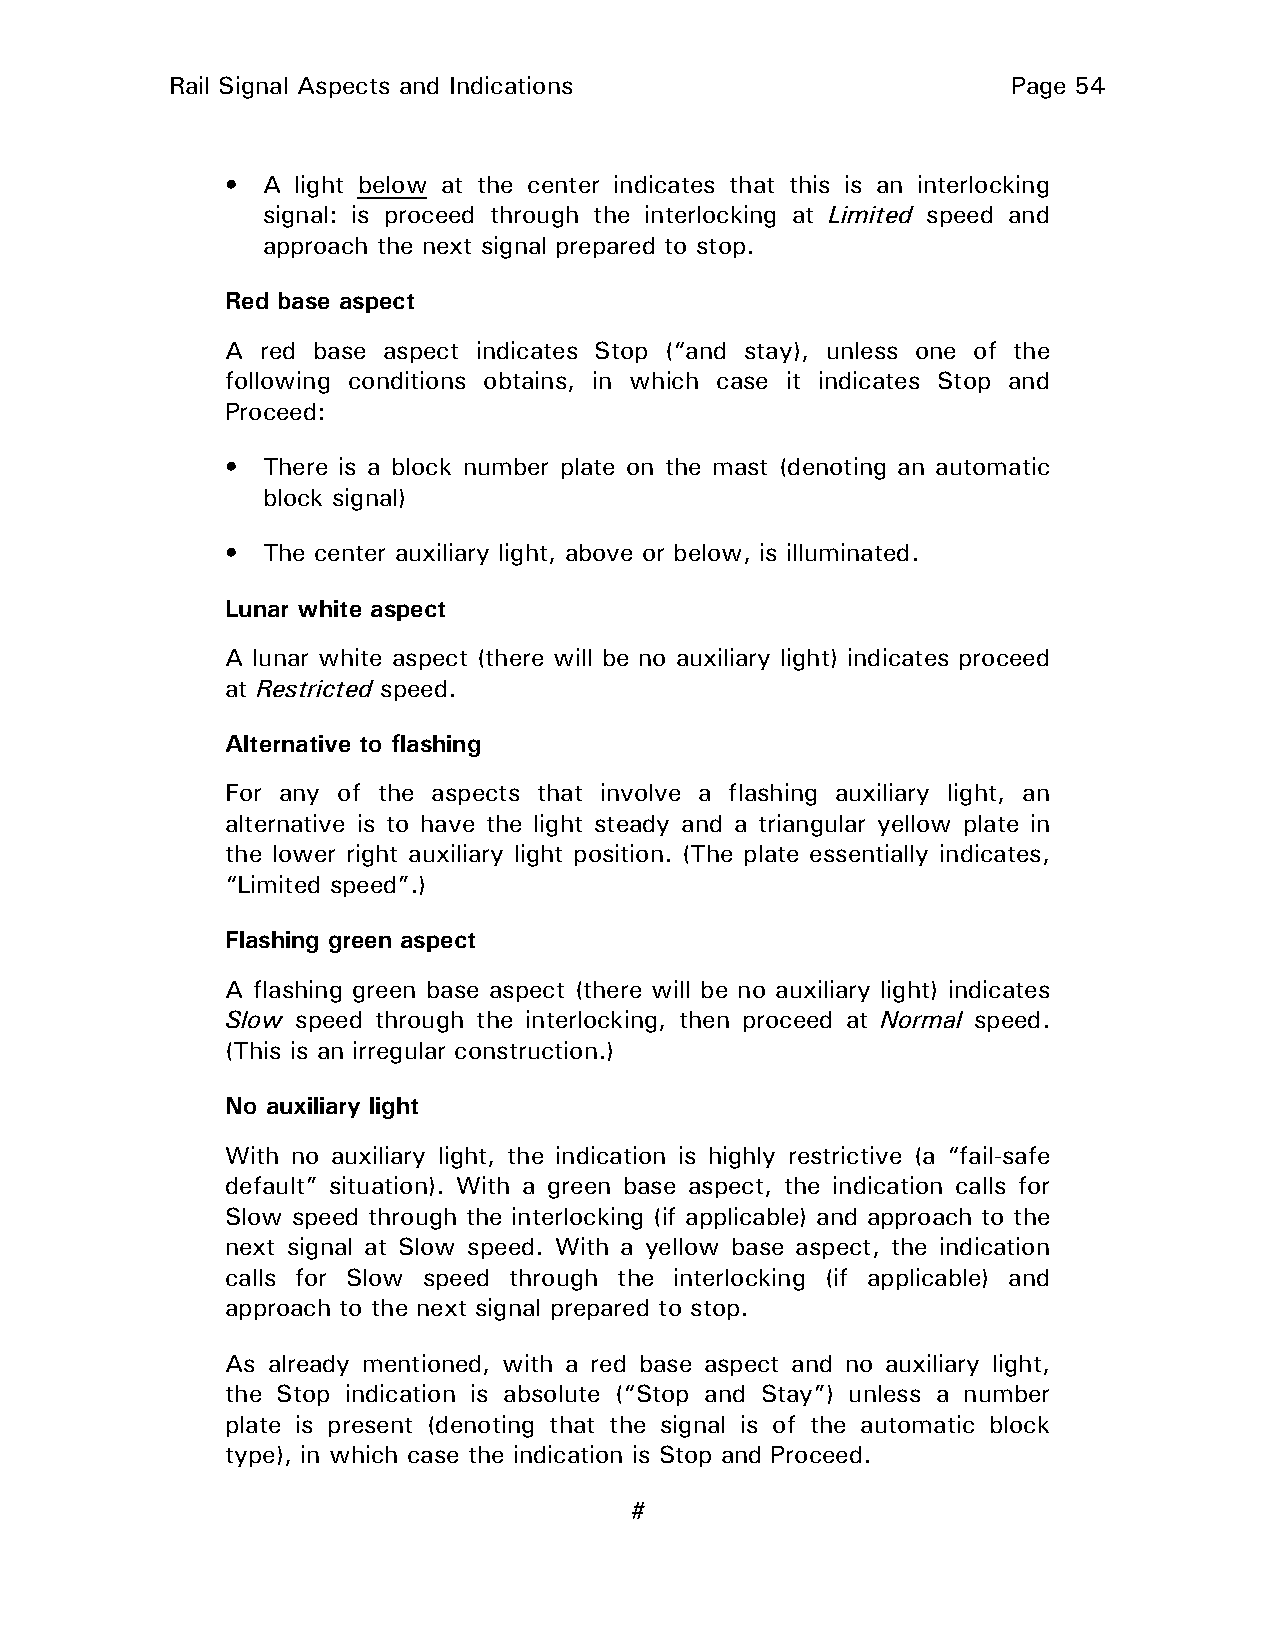
Rail Signal Aspects and Indications                     Page 54
 • A light below at the center indicates that this is an interlocking
 signal: is proceed through the interlocking at Limited speed and
 approach the next signal prepared to stop.
 Red base aspect
 A red base aspect indicates Stop (“and stay), unless one of the
 following conditions obtains, in which case it indicates Stop and
 Proceed:
 • There is a block number plate on the mast (denoting an automatic
 block signal)
 • The center auxiliary light, above or below, is illuminated.
 Lunar white aspect
 A lunar white aspect (there will be no auxiliary light) indicates proceed
 at Restricted speed.
 Alternative to flashing
 For any of the aspects that involve a flashing auxiliary light, an
 alternative is to have the light steady and a triangular yellow plate in
 the lower right auxiliary light position. (The plate essentially indicates,
 “Limited speed”.)
 Flashing green aspect
 A flashing green base aspect (there will be no auxiliary light) indicates
 Slow speed through the interlocking, then proceed at Normal speed.
 (This is an irregular construction.)
 No auxiliary light
 With no auxiliary light, the indication is highly restrictive (a “fail-safe
 default” situation). With a green base aspect, the indication calls for
 Slow speed through the interlocking (if applicable) and approach to the
 next signal at Slow speed. With a yellow base aspect, the indication
 calls for Slow speed through the interlocking (if applicable) and
 approach to the next signal prepared to stop.
 As already mentioned, with a red base aspect and no auxiliary light,
 the Stop indication is absolute (“Stop and Stay”) unless a number
 plate is present (denoting that the signal is of the automatic block
 type), in which case the indication is Stop and Proceed.
 #